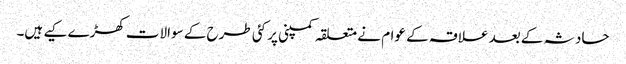
حادثہ کے بعد علاقہ کے عوام نے متعلقہ کمپنی پر کئی طرح کے سوالات کھڑے کیے ہیں۔